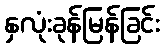
နှလုံးခုန်မြန်ခြင်း